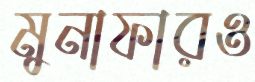
মুনাফারও